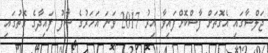
ޖަލްސާގައި އެގޮތަށް ފާސްކޮށްފައިވާ އިރު 2017 ވަނަ އަހަރުގެ ސާފު ފައިދާގެ ގޮތުގައި